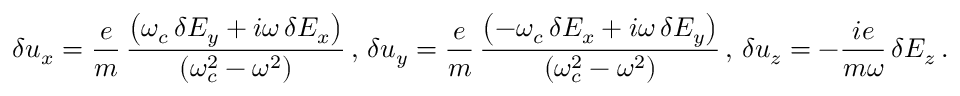
\delta u _ { x } = \frac { e } { m } \, \frac { \left( \omega _ { c } \, \delta E _ { y } + i \omega \, \delta E _ { x } \right) } { \left( \omega _ { c } ^ { 2 } - \omega ^ { 2 } \right) } \, , \, \delta u _ { y } = \frac { e } { m } \, \frac { \left( - \omega _ { c } \, \delta E _ { x } + i \omega \, \delta E _ { y } \right) } { \left( \omega _ { c } ^ { 2 } - \omega ^ { 2 } \right) } \, , \, \delta u _ { z } = - \frac { i e } { m \omega } \, \delta E _ { z } \, .